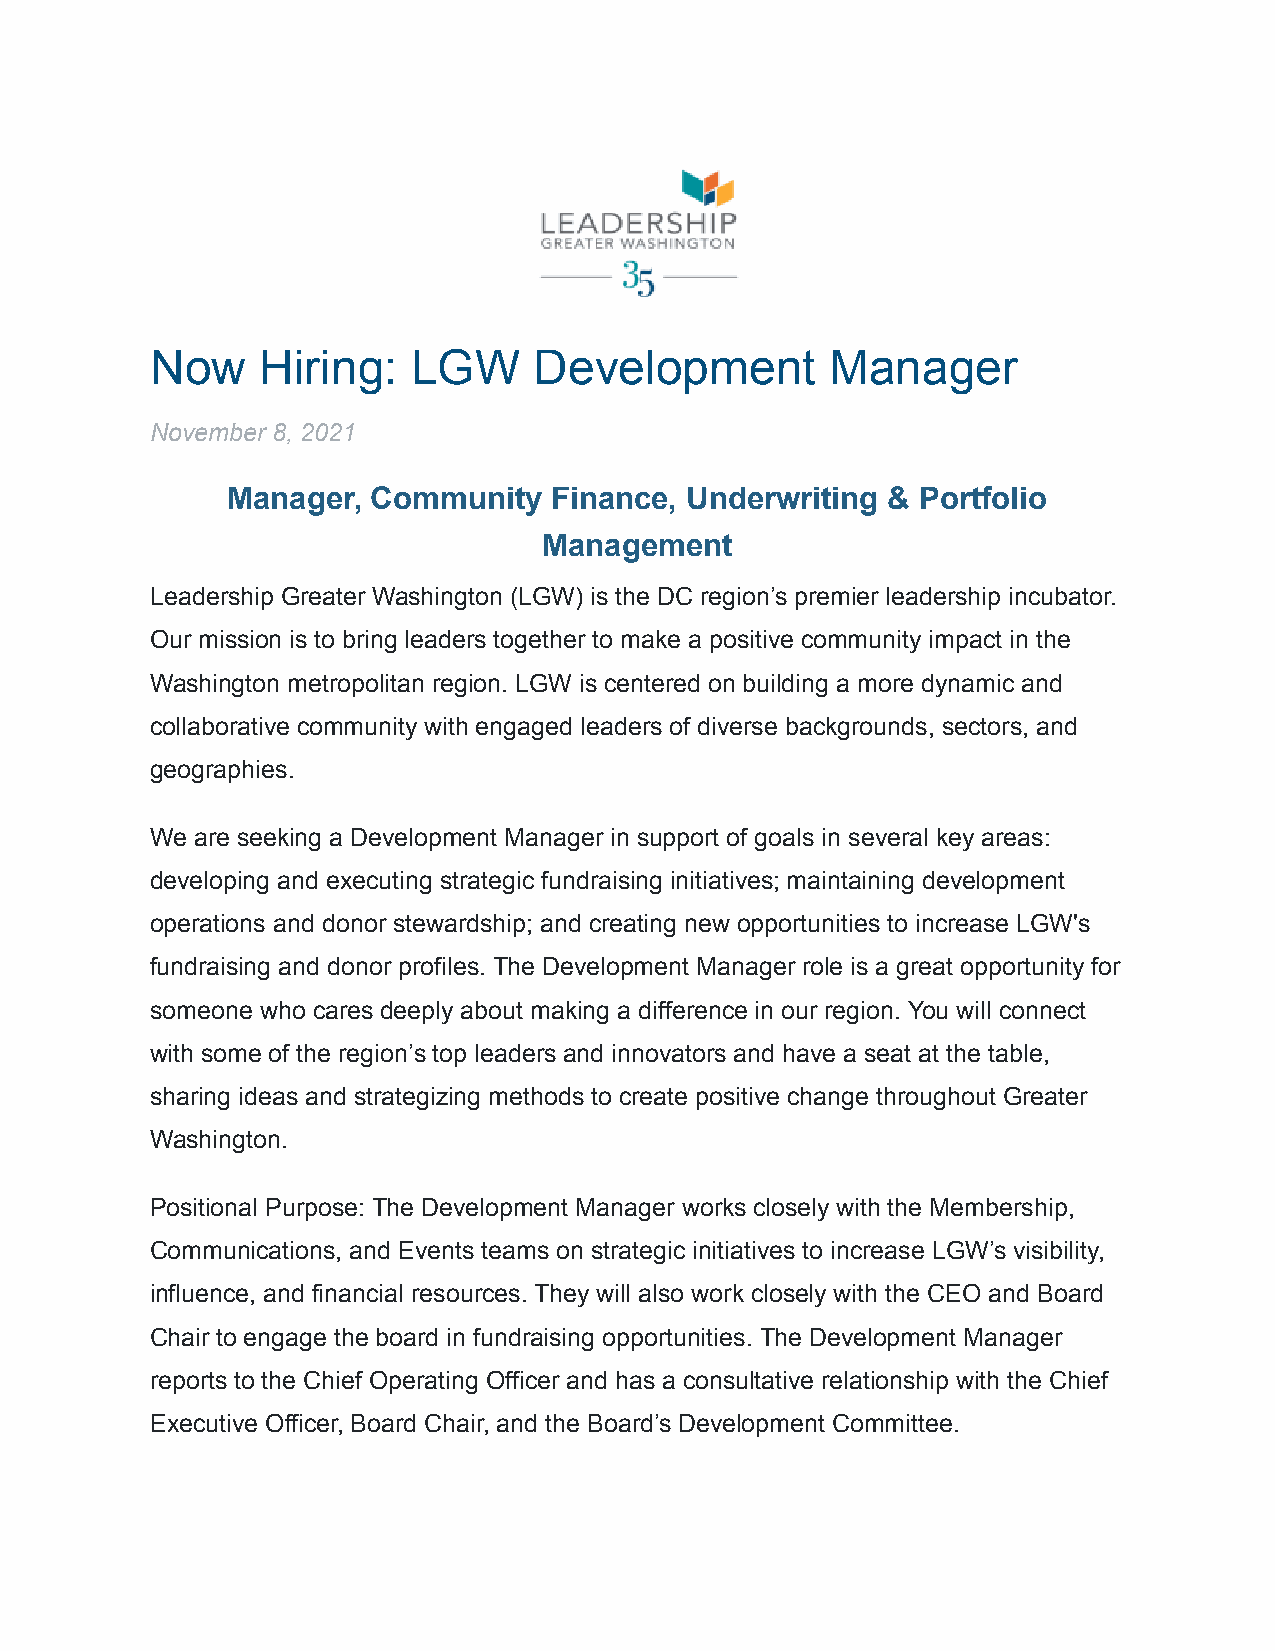
Now    Hiring:   LGW     Development         Manager
 November 8, 2021
 Manager,  Community   Finance, Underwriting & Portfolio
 Management
 Leadership Greater Washington (LGW) is the DC region’s premier leadership incubator.
 Our mission is to bring leaders together to make a positive community impact in the
 Washington metropolitan region. LGW is centered on building a more dynamic and
 collaborative community with engaged leaders of diverse backgrounds, sectors, and
 geographies.
 We are seeking a Development Manager in support of goals in several key areas:
 developing and executing strategic fundraising initiatives; maintaining development
 operations and donor stewardship; and creating new opportunities to increase LGW's
 fundraising and donor profiles. The Development Manager role is a great opportunity for
 someone who cares deeply about making a difference in our region. You will connect
 with some of the region’s top leaders and innovators and have a seat at the table,
 sharing ideas and strategizing methods to create positive change throughout Greater
 Washington.
 Positional Purpose: The Development Manager works closely with the Membership,
 Communications, and Events teams on strategic initiatives to increase LGW’s visibility,
 influence, and financial resources. They will also work closely with the CEO and Board
 Chair to engage the board in fundraising opportunities. The Development Manager
 reports to the Chief Operating Officer and has a consultative relationship with the Chief
 Executive Officer, Board Chair, and the Board’s Development Committee.